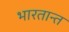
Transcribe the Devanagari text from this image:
भारतान्त